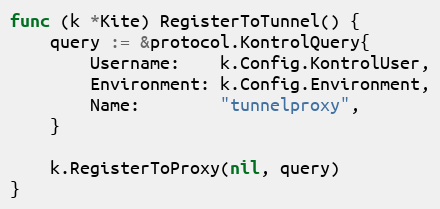
Language: Go
func (k *Kite) RegisterToTunnel() {
	query := &protocol.KontrolQuery{
		Username:    k.Config.KontrolUser,
		Environment: k.Config.Environment,
		Name:        "tunnelproxy",
	}

	k.RegisterToProxy(nil, query)
}